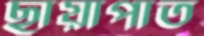
ছায়াপাত